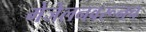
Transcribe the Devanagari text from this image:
मेजेलनवरूनच